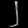
Digit: ၂